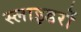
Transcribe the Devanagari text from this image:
स्लाइडरों